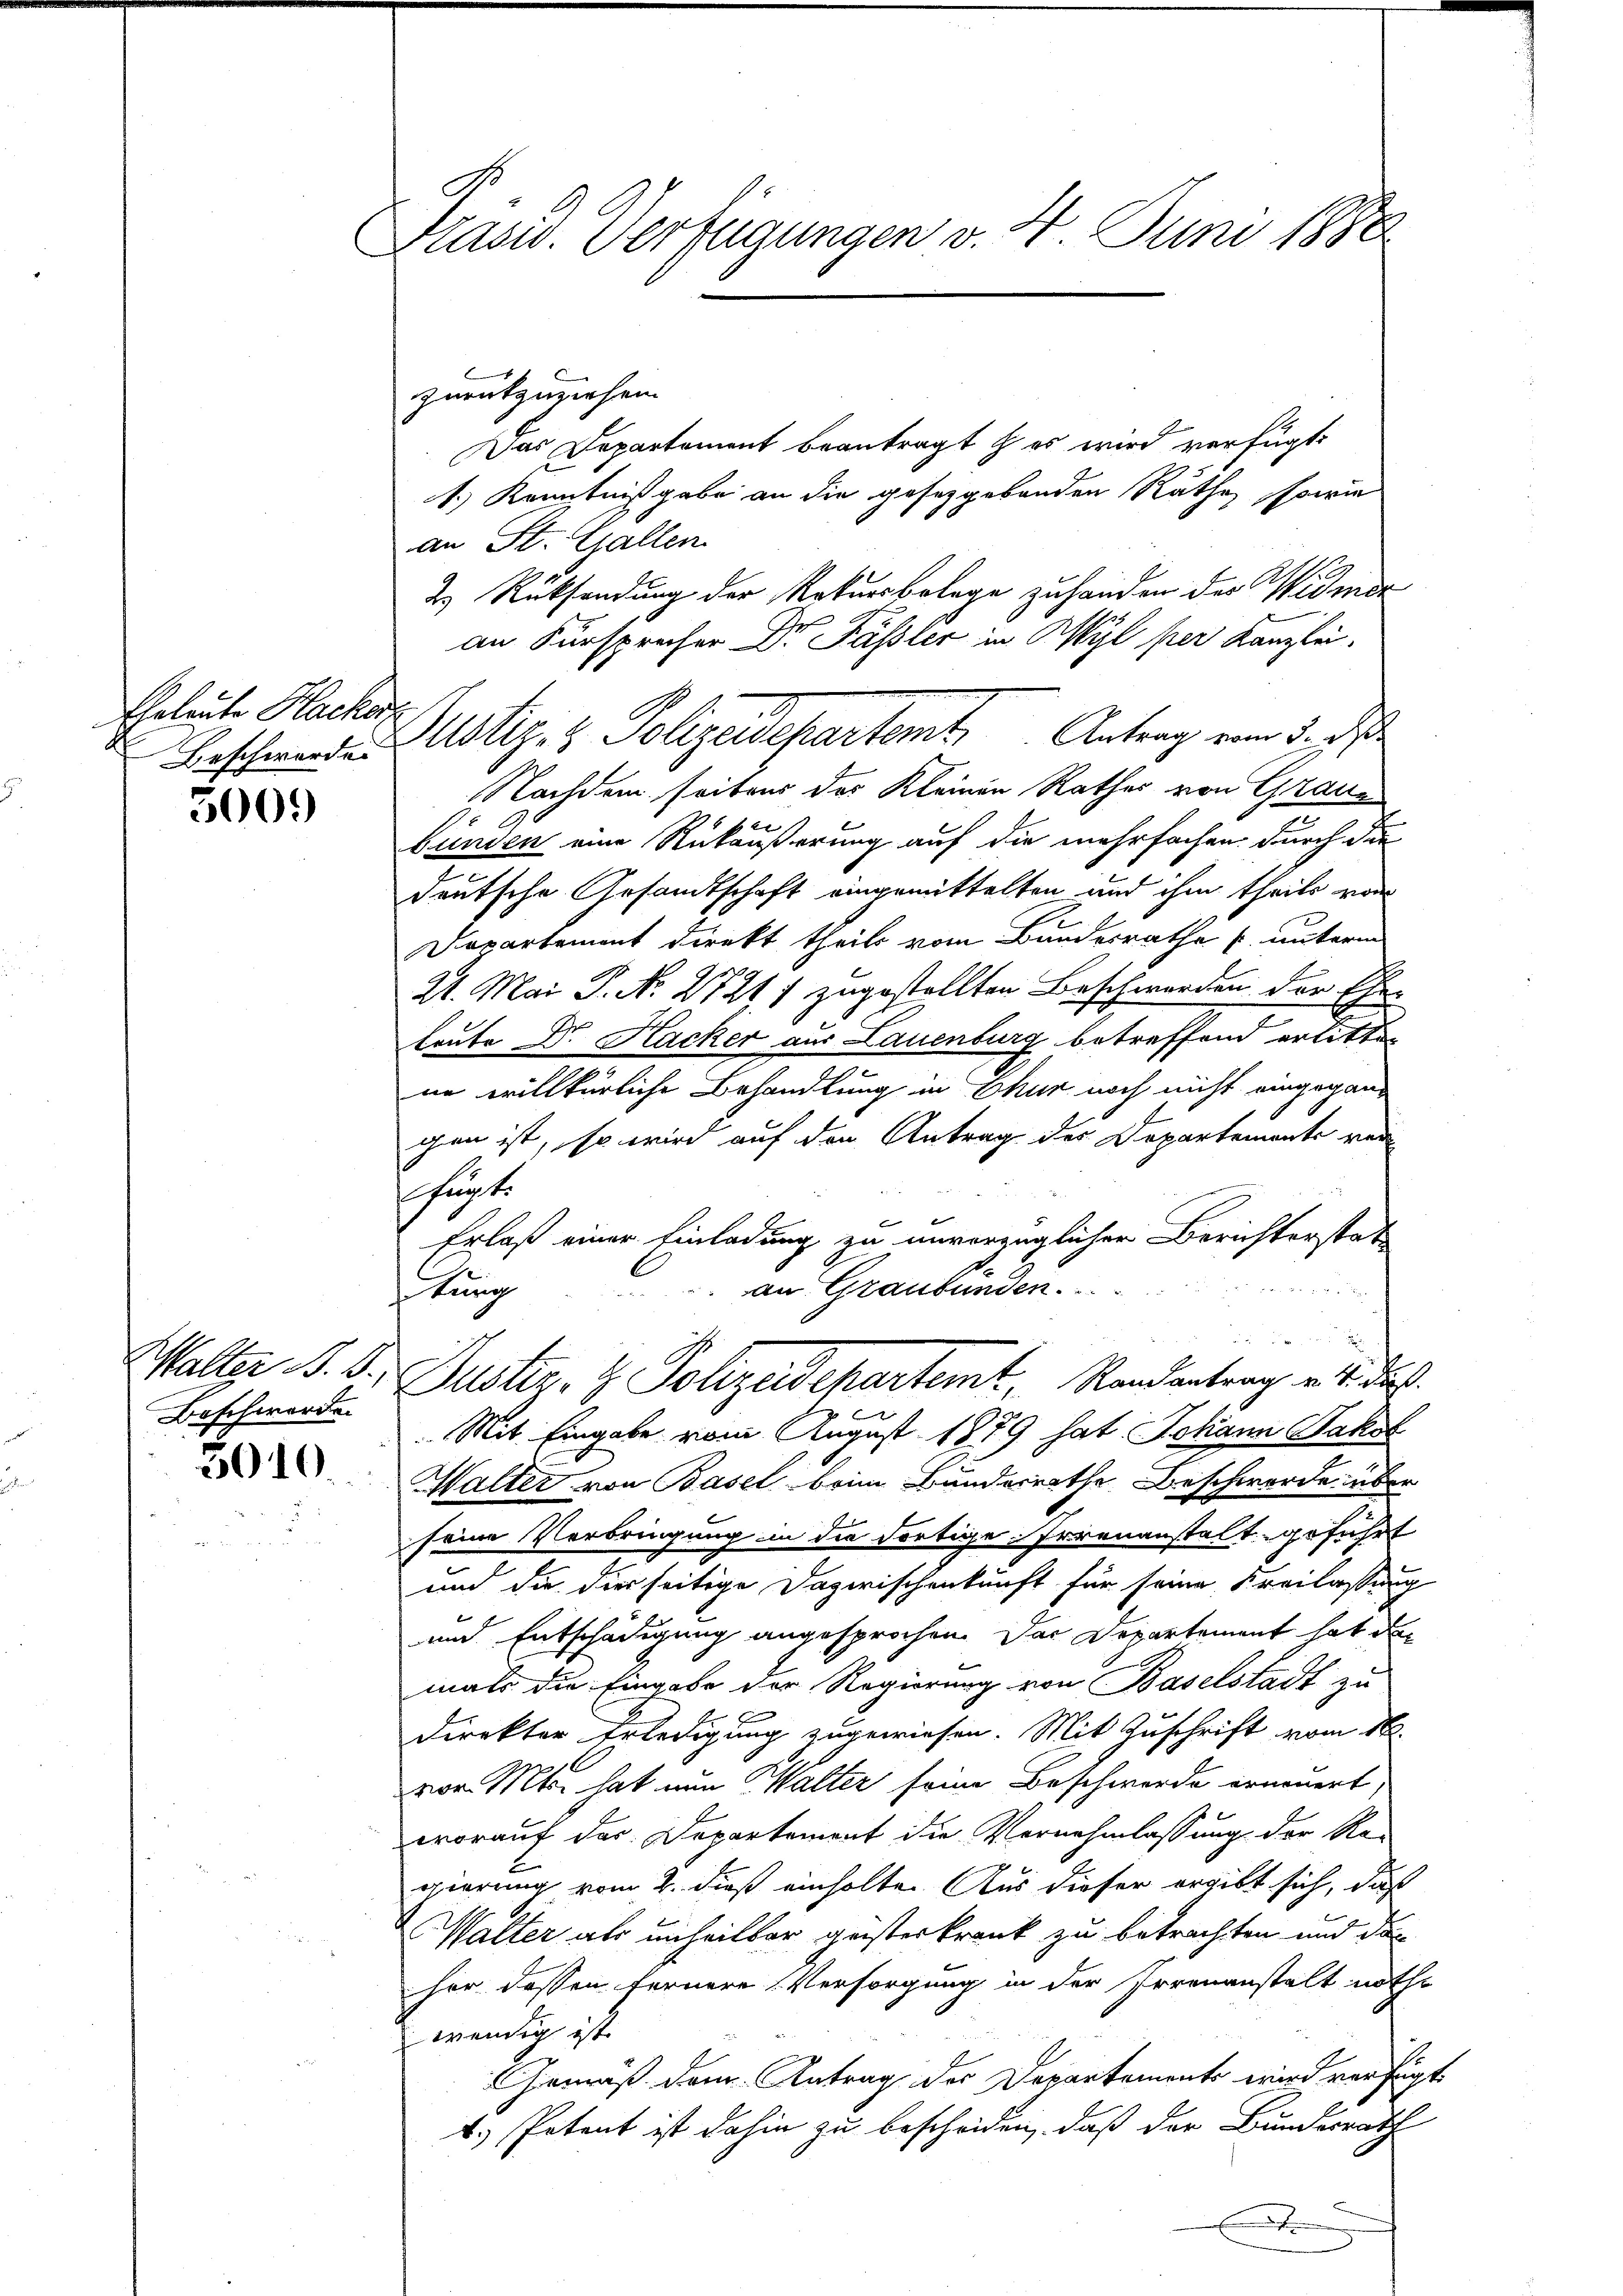
Eheleute Hacker
Beschwerde.

3009

Beschwerde.

3010.

Präsid. Verfügungen v. 4. Juni 1888

zurückzuziehen.
Das Departement beantragt & es wird verfügt:
1.) Kenntnißgabe an die gesetzgebenden Räthe, sowie
an St. Gallen
2.) Rücksendung der Rekursbelege zu handen des Widmer
an Fürsprecher Dr Fässler in Wyl per Kanzlei.
Mstiz- & Polizeidepartamte Antrag von d. d
Nachdem seitens der Kleinen Rathes von Graubünden eine Rükäußerung auf die mehrfachen. Durch die
deutsche Gesandtschaft eingemittelten und ihm theils von
Dapartement direkt theils vom Bundesrathe k. unterm
21. Mai G. N. 27217 zugestellten Beschwerden der Eheleute Dr. Hacker aus Lauenburg betreffend erlitten
nn willkürliche Behandlung in Ekur noch nicht eingegangen ist, so wird auf den Antrag des Departements ver
hugte
Erlaß einer Einladung zu unverzüglicher Berichterstat
an Graubünden.
lung
n
Walter A. B. Justiz- & Polizeidepartemt, Randantrag v. 4. Fuß.
Mit Eingabe vom August 1879 hat Johann Jakob
Halter von Basel beim Bundesrathe Beschwerde über
seine Verbringung in die dortige Irrenanstalt geführt
und die dies seitige Dazwischenkunft für seine Kreilassung
und Entschädigung angesprochen. Das Departement hat der
mals die Eingabe der Regierung von Baselstadt zu
direkter Erledigung zugewiesen. Mit Zuschrift vom 16.
vor. Mts. hat nun Walter seine Beschwerde erneuert,
worauf das Departement die Vernehmlassung der Re-
gierung vom 2. dieß einholte. Aus dieser ergibt sich, daß
Walter als unheilbar geisterkrank zu betrachten und dann
her dessen fernere Versorgung in der Irrenanstalt noth
wendig ist
Gemäß dem Antrag des Departements wird verfügt
1.) Petent ist dahin zu bescheiden, daß der Bundesrath